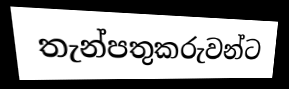
තැන්පතුකරුවන්ට